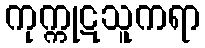
ကုက္ကုဋသူကရာ